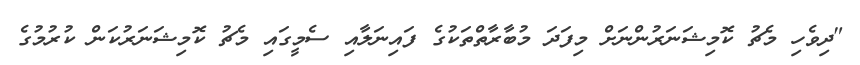
"ދިވެހި މެޗު ކޮމިޝަނަރުންނަށް މިފަދަ މުބާރާތްތަކުގެ ފައިނަލާއި ސެމީގައި މެޗު ކޮމިޝަނަރުކަން ކުރުމުގެ